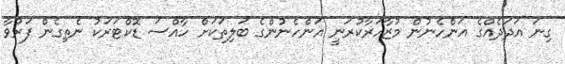
ގިނަ އަދަދެއްގެ އަންހެނުން މުޒާހަރާކުރަނީ އަންހެނުންގެ ބަލިތަކަށް ހާއްސަ ޑޮކްޓަރަކު ނެތިގެން ފަރުވާ